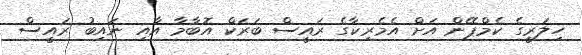
ހިލަރީގެ ކެމްޕޭން އަށް އެމެރިކާގެ ރައީސް ބަރަކް އޮބާމާ އާއި ނައިބު ރައީސް